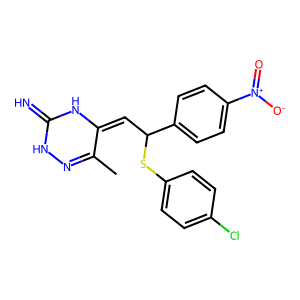
SMILES: CC1=NNC(=N)NC1=CC(Sc1ccc(Cl)cc1)c1ccc([N+](=O)[O-])cc1
Inhibits HIV replication: No